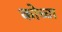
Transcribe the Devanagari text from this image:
कोच्चा